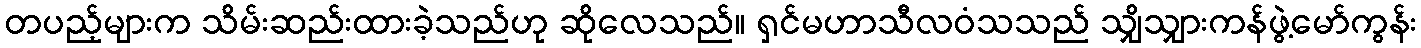
တပည့်များက သိမ်းဆည်းထားခဲ့သည်ဟု ဆိုလေသည်။ ရှင်မဟာသီလဝံသသည် သျှိသျှားကန်ဖွဲ့မော်ကွန်း